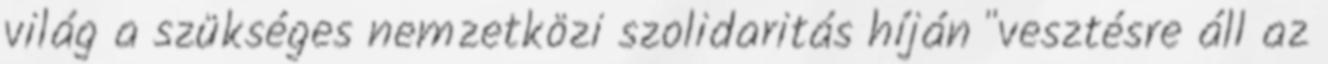
világ a szükséges nemzetközi szolidaritás híján "vesztésre áll az